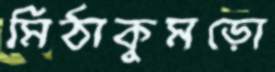
মিঠাকুমড়ো